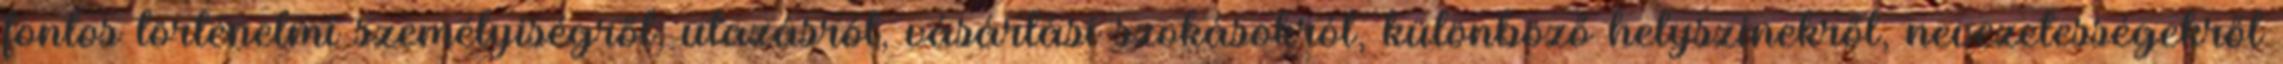
fontos történelmi személyiségről, utazásról, vásárlási szokásokról, különböző helyszínekről, nevezetességekről